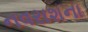
નવરાશના